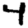
Digit: 4